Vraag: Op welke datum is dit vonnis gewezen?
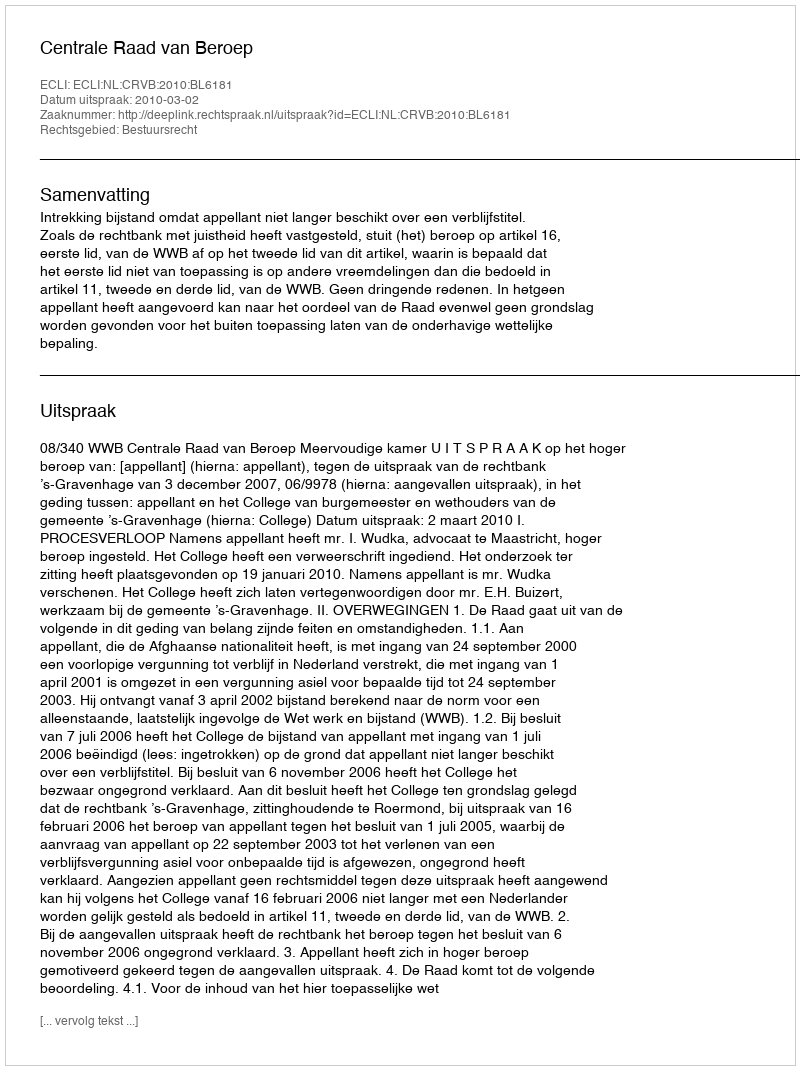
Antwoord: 2010-03-02